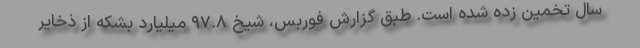
سال تخمین زده شده است. طبق گزارش فوربس، شیخ ۹۷.۸ میلیارد بشکه از ذخایر